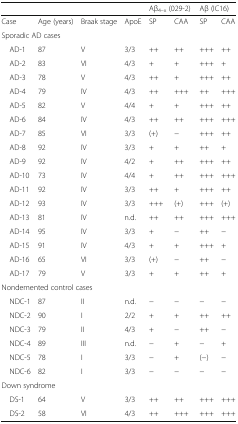
|  |  |  |  | <COLSPAN=2> Aβ4–x (029-2) | <COLSPAN=2> Aβ (IC16) |
 | --- | --- | --- | --- | --- | --- | --- | --- |
 | Case | Age (years) | Braak stage | ApoE | SP | CAA | SP | CAA |
 | <COLSPAN=8> Sporadic AD cases |
 | AD-1 | 87 | V | 3/3 | ++ | ++ | +++ | ++ |
 | AD-2 | 83 | VI | 4/3 | + | + | +++ | + |
 | AD-3 | 78 | V | 4/3 | ++ | + | +++ | ++ |
 | AD-4 | 79 | IV | 4/3 | ++ | +++ | ++ | +++ |
 | AD-5 | 82 | V | 4/4 | + | + | +++ | ++ |
 | AD-6 | 84 | IV | 4/3 | ++ | ++ | +++ | +++ |
 | AD-7 | 85 | VI | 3/3 | (+) | − | +++ | ++ |
 | AD-8 | 92 | IV | 3/3 | + | + | ++ | + |
 | AD-9 | 92 | IV | 4/2 | + | ++ | +++ | ++ |
 | AD-10 | 73 | IV | 4/4 | + | ++ | +++ | +++ |
 | AD-11 | 92 | IV | 3/3 | ++ | + | +++ | ++ |
 | AD-12 | 93 | IV | 3/3 | +++ | (+) | +++ | (+) |
 | AD-13 | 81 | IV | n.d. | ++ | ++ | +++ | +++ |
 | AD-14 | 95 | IV | 3/3 | + | − | ++ | − |
 | AD-15 | 91 | IV | 4/3 | + | + | +++ | + |
 | AD-16 | 65 | VI | 3/3 | (+) | − | ++ | − |
 | AD-17 | 79 | V | 3/3 | + | + | ++ | + |
 | <COLSPAN=8> Nondemented control cases |
 | NDC-1 | 87 | II | n.d. | − | − | − | − |
 | NDC-2 | 90 | I | 2/2 | + | + | ++ | ++ |
 | NDC-3 | 79 | II | 4/3 | + | − | ++ | − |
 | NDC-4 | 89 | III | n.d. | − | + | − | + |
 | NDC-5 | 78 | I | 3/3 | − | + | (−) | − |
 | NDC-6 | 82 | I | 3/3 | − | − | − | − |
 | <COLSPAN=8> Down syndrome |
 | DS-1 | 64 | V | 3/3 | ++ | ++ | +++ | +++ |
 | DS-2 | 58 | VI | 4/3 | ++ | +++ | +++ | +++ |